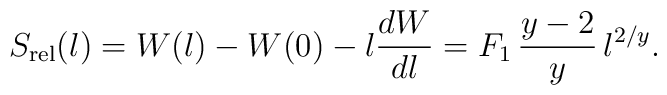
S_{\rm rel}(\l) = W(\l) - W(0) - \l{dW\over d\l} = F_1\,\frac{y-2}{y}\,\l^{2/y}.